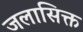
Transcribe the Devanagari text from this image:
जलासिक्त